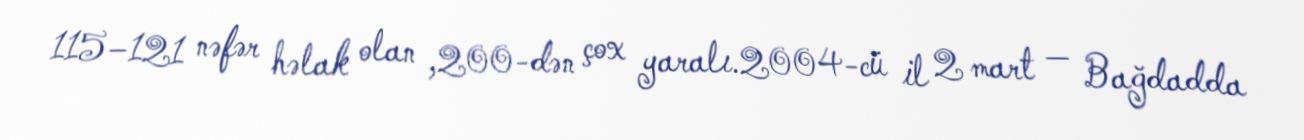
115–121 nəfər həlak olan ,200-dən çox yaralı.2004-cü il 2 mart — Bağdadda